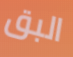
البق